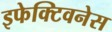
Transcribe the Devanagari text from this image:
इफेक्टिवनेस